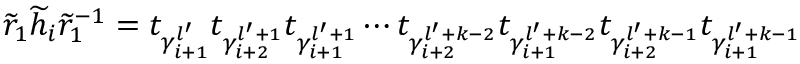
\widetilde { r } _ { 1 } \widetilde { h } _ { i } \widetilde { r } _ { 1 } ^ { - 1 } = t _ { \gamma _ { i + 1 } ^ { l ^ { \prime } } } t _ { \gamma _ { i + 2 } ^ { l ^ { \prime } + 1 } } t _ { \gamma _ { i + 1 } ^ { l ^ { \prime } + 1 } } \cdots t _ { \gamma _ { i + 2 } ^ { l ^ { \prime } + k - 2 } } t _ { \gamma _ { i + 1 } ^ { l ^ { \prime } + k - 2 } } t _ { \gamma _ { i + 2 } ^ { l ^ { \prime } + k - 1 } } t _ { \gamma _ { i + 1 } ^ { l ^ { \prime } + k - 1 } }